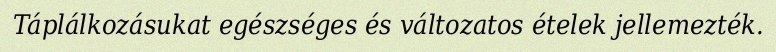
Táplálkozásukat egészséges és változatos ételek jellemezték.